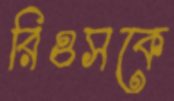
রিওসকে